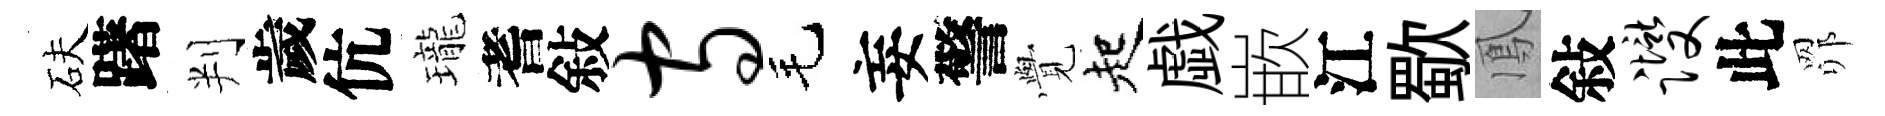
砆躇判歲伉瓏耆敍守毛妄警𮗜起戯嵌江歜鳳敍躞此𦊑